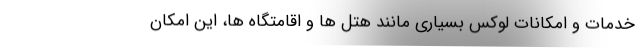
خدمات و امکانات لوکس بسیاری مانند هتل ها و اقامتگاه ها، این امکان